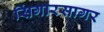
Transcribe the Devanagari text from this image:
सिंगारसागर